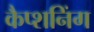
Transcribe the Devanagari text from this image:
कैप्शनिंग